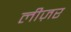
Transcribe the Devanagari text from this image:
लीज़र